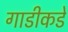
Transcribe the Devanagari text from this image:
गाडीकडे